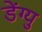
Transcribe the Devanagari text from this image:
डेंग्यु